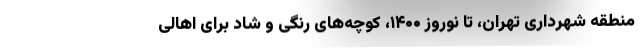
منطقه شهرداری تهران، تا نوروز ۱۴۰۰، کوچه‌های رنگی و شاد برای اهالی